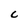
Character: C